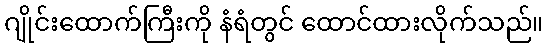
ဂျိုင်းထောက်ကြီးကို နံရံတွင် ထောင်ထားလိုက်သည်။